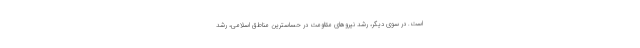
است. در سوی دیگر، رشد نیروهای مقاومت در حسّاسترین مناطق اسلامی، رشد